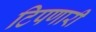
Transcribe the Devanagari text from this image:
टिपणारी